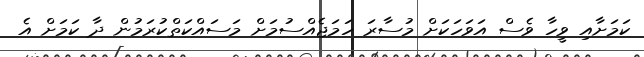
ކަމަށާއި ވީހާ ވެސް އަވަހަކަށް މުސާރަ ހަމަޖެއްސުމަށް މަސައްކަތްކުރަމުން ދާ ކަމަށް އެ